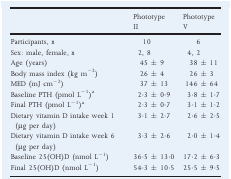
|  | Phototype II | Phototype V |
 | --- | --- | --- |
 | Participants, n | 10 | 6 |
 | Sex: male, female, n | 2, 8 | 4, 2 |
 | Age (years) | 45 ± 9 | 38 ± 11 |
 | Body mass index (kg m−2) | 26 ± 4 | 26 ± 3 |
 | MED (mJ cm−2) | 37 ± 13 | 146 ± 64 |
 | Baseline PTH (pmol L−1)a | 2·3 ± 0·9 | 3·8 ± 1·7 |
 | Final PTH (pmol L−1)a | 2·3 ± 0·7 | 3·1 ± 1·2 |
 | Dietary vitamin D intake week 1 (μg per day) | 3·1 ± 2·7 | 2·6 ± 2·5 |
 | Dietary vitamin D intake week 6 (μg per day) | 3·3 ± 2·6 | 2·0 ± 1·4 |
 | Baseline 25(OH)D (nmol L−1) | 36·5 ± 13·0 | 17·2 ± 6·3 |
 | Final 25(OH)D (nmol L−1) | 54·3 ± 10·5 | 25·5 ± 9·5 |